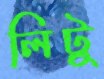
লিটু